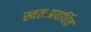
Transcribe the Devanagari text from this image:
स्वतःप्रवर्धित